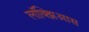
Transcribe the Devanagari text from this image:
लॉक्झिआस